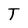
Character: T